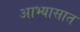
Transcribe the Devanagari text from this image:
आभ्यासात